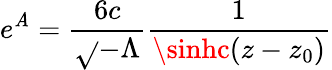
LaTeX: e^{\mathit{A}}=\frac{{6c}}{{{\sqrt{}{{-\Lambda}}}}}\frac{{1}}{{\sinhc(z-z_{0})}}